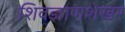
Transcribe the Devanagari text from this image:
शिवज्ञाणशेखर